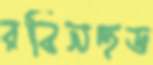
রবিনহুড